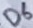
Text: D6